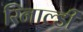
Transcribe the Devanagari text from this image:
रिनाल्डी